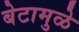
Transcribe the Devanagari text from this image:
बेटामुळे